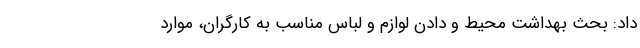
داد: بحث بهداشت محیط و دادن لوازم و لباس مناسب به کارگران، موارد